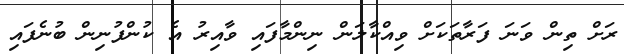
ރަށް ތިން ވަނަ ފަރާތަކަށް ވިއްކާލަން ނިންމާފައި ވާއިރު އެ ކުންފުނިން ބުނެފައި